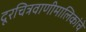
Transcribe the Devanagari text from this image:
दूरचित्रवाणीमालिकांचे